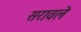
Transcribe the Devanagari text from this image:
सरावले